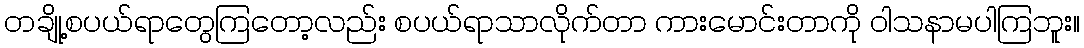
တချို့စပယ်ရာတွေကြတော့လည်း စပယ်ရာသာလိုက်တာ ကားမောင်းတာကို ဝါသနာမပါကြဘူး။